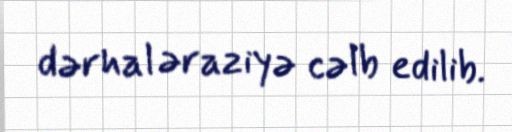
dərhal əraziyə cəlb edilib.